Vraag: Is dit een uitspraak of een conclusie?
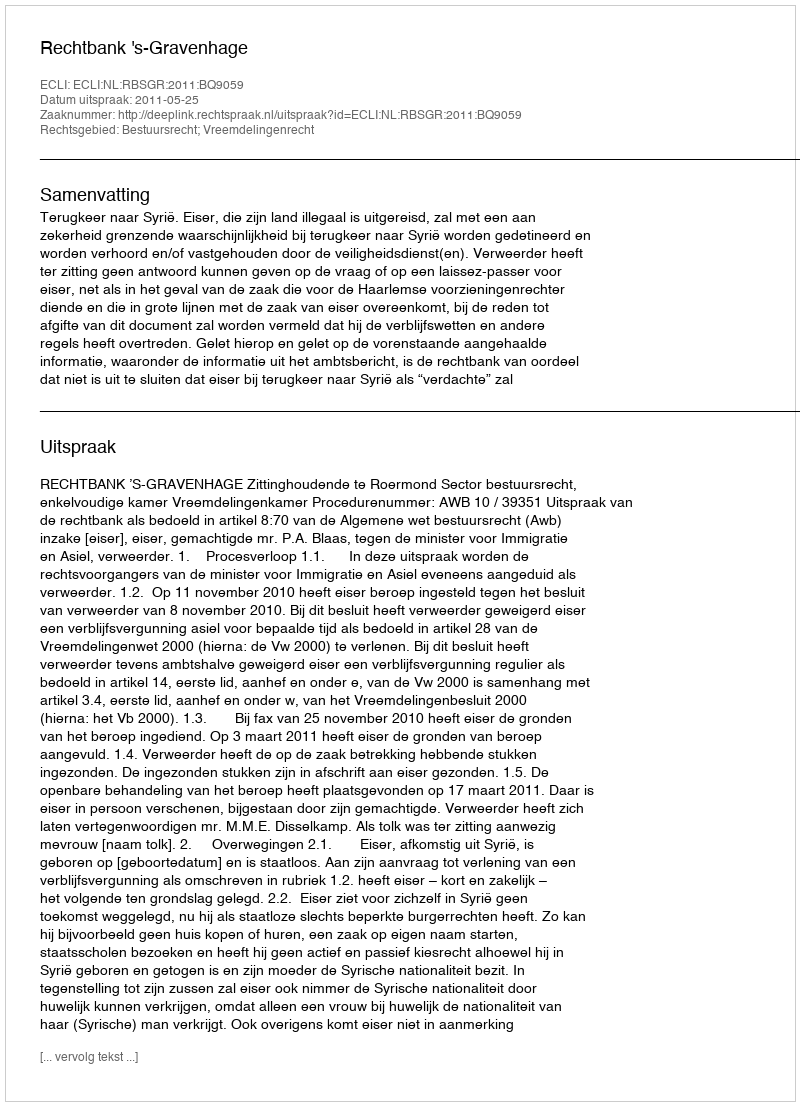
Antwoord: Uitspraak